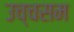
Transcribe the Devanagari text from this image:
उच्चसम